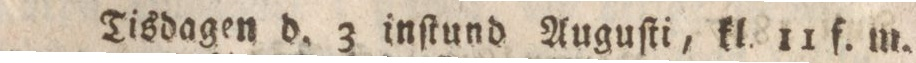
Tisdagen d. 3 inſtund Auguſti, kl. 11 f. m.